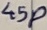
Text: 45P